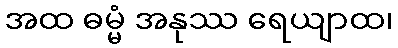
အထ ဓမ္မံ အနုဿ ရေယျာထ၊